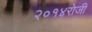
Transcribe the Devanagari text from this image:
२०१४रोजी